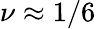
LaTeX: \nu\approx 1/6